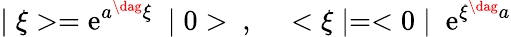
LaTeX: \mid\xi>=\mathrm{e}^{a^{\dag}\xi}~\mid0>~,~~~~<\xi\mid=<0\mid~\mathrm{e}^{\xi^{\dag}a}